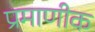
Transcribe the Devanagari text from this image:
प्रमाणीक